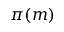
\pi ( m )